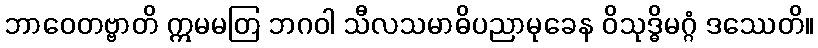
ဘာဝေတဗ္ဗာတိ ဣမမတြ ဘဂဝါ သီလသမာဓိပညာမုခေန ဝိသုဒ္ဓိမဂ္ဂံ ဒဿေတိ။